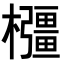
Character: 𭬰